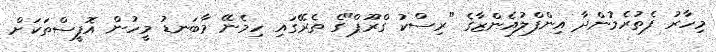
މިހާރު ފެތުރެމުންދާ އިންފްލުއެންޒާގެ "ރިސްކު ގްރޫޕް"ގެ ތެރޭގައި ހިމެނޭ މާބަނޑު މީހުން އޮފީސްތަކަށް